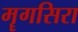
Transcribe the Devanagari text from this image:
मॄगसिरा